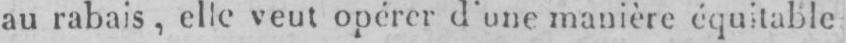
manière équitable